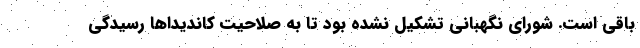
باقی است. شورای نگهبانی تشکیل نشده بود تا به صلاحیت کاندیداها رسیدگی